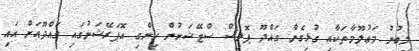
ލިބުނު މަޢުލޫމާތަކާއި ގުޅިގެން ގައްދޫ ޕޮލިސް ސްޓޭޝަނުން ހިންގި އޮޕަރޭޝަނުގައި ގައްދޫއަށް އައި